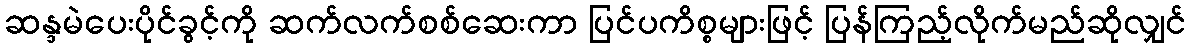
ဆန္ဒမဲပေးပိုင်ခွင့်ကို ဆက်လက်စစ်ဆေးကာ ပြင်ပကိစ္စများဖြင့် ပြန်ကြည့်လိုက်မည်ဆိုလျှင်